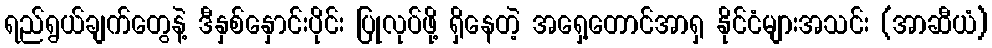
ရည်ရွယ်ချက်တွေနဲ့ ဒီနှစ်နှောင်းပိုင်း ပြုလုပ်ဖို့ ရှိနေတဲ့ အရှေ့တောင်အာရှ နိုင်ငံများအသင်း (အာဆီယံ)